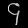
Digit: ၄